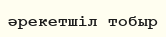
әрекетшіл тобыр